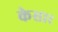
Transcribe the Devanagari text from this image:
केसार